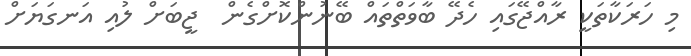
މި ހަރަކާތަކީ ރާއްޖޭގައި ހެދޭ ބާވަތްތައް ބޭނުންކޮށްގެން  ޖީބަށް ލުއި އަނގަޔަށް